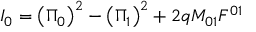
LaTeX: I _ { 0 } = \left( \Pi _ { 0 } \right) ^ { 2 } - \left( \Pi _ { 1 } \right) ^ { 2 } + 2 q M _ { 0 1 } F ^ { 0 1 }